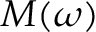
M ( \omega )